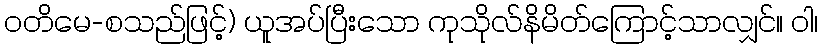
ဝတိမေ-စသည်ဖြင့်) ယူအပ်ပြီးသော ကုသိုလ်နိမိတ်ကြောင့်သာလျှင်။ ဝါ၊